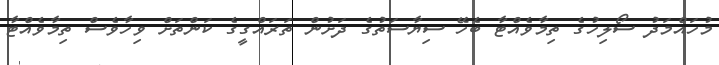
މުހައްމަދު ސޯލިހުގެ ތިމާވެއްޓާ ބެހޭ ސިޔާސަތުގެ ދަށުން ތަރައްގީގެ ކަންތަށް ވިހާވެސް ތިމާވެއްޓާ